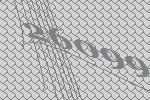
26099